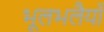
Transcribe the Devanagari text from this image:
भूलभलैयाँ